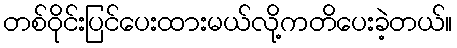
တစ်ဝိုင်းပြင်ပေးထားမယ်လို့ကတိပေးခဲ့တယ်။